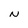
Character: N